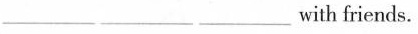
___ ___ ___with friends.